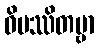
ဝိပဿိတဗ္ဗာ